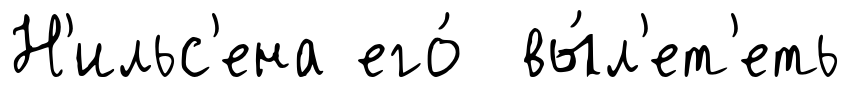
Н'ильс'ена его́ вы́л'ет'еть